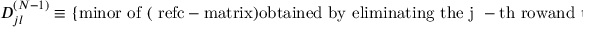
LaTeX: D _ { j l } ^ { ( N - 1 ) } \equiv \left\{ \mathrm { m i n o r ~ o f ~ ( \ r e f { c - m a t r i x } ) o b t a i n e d ~ b y ~ e l i m i n a t i n g ~ t h e ~ j ~ - t h ~ r o w a n d ~ t h e ~ l ~ - t h ~ c o l u m n } \right\} \; .